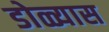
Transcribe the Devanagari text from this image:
डोळ्यास